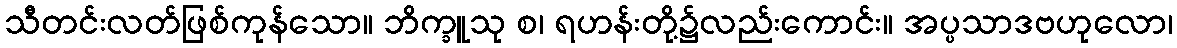
သီတင်းလတ်ဖြစ်ကုန်သော။ ဘိက္ခူသု စ၊ ရဟန်းတို့၌လည်းကောင်း။ အပ္ပသာဒဗဟုလော၊